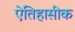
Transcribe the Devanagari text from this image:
एेतिहासीक